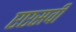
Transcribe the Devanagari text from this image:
एएसवी